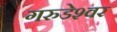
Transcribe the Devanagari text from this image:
गरुडेश्‍वर